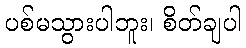
ပစ်မသွားပါဘူး၊ စိတ်ချပါ